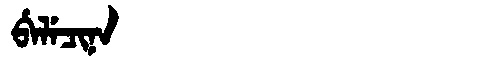
Manchu: ᠪᡝᠯᡝᠴᡳᠨᠠ
Romanization: BELECINA